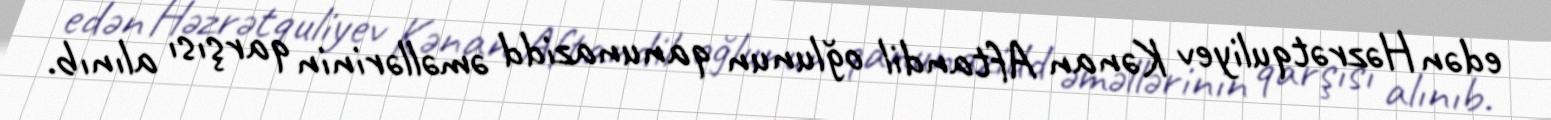
edən Həzrətquliyev Kənan Aftandil oğlunun qanunazidd əməllərinin qarşısı alınıb.